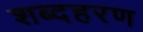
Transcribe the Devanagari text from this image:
शब्दहरण